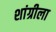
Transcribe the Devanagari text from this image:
शांग्रीला